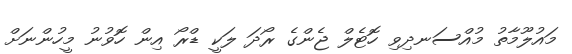
މައުލޫމާތު މުއްސަނދިވި ހޮޓެލް ޖެންގެ ރޯދަ ލަކީ ޑްރޯ އިން ހޮވުނު މީހުންނަށް